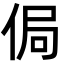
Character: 侷